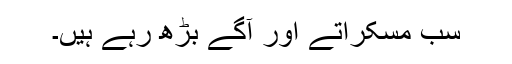
سب مسکراتے اور آگے بڑھ رہے ہیں۔